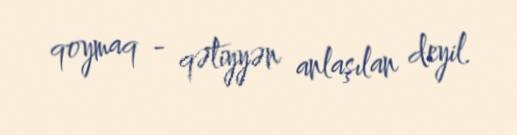
qoymaq - qətiyyən anlaşılan deyil.